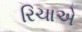
રિચાએ